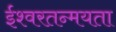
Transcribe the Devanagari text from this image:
ईश्वरतन्मयता